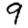
Digit: 9